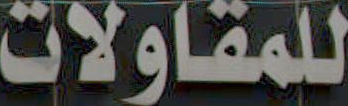
للمقاولات